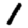
Digit: 1